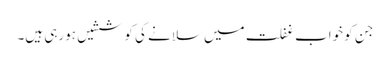
جن کو خواب غفلت میں سلانے کی کوششیں ہورہی ہیں۔